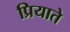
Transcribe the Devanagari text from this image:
प्रियाते